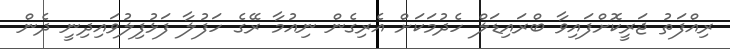
ރިއްފަތު ޖަރީކޮށްފައިވާ ބްރައިޑަލް ހެދުމަކަށް އެރިގެން ނިއުމާ ރޭގެ ހަފުލާ ފަޅުފިލުވައިދިނީ ދެން